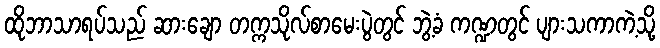
ထိုဘာသာရပ်သည် ဆားချော တက္ကသိုလ်စာမေးပွဲတွင် ဘွဲ့ခံ ကဏ္ဍတွင် ပျားသကာကဲ့သို့